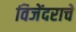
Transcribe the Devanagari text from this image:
विजेंदराचे